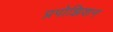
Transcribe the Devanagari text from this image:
प्रपोझिशन